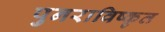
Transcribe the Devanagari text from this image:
पुनराविष्कृत